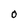
Character: O